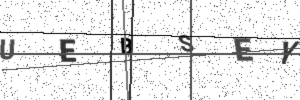
Text: UEBSEY